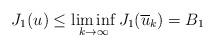
LaTeX: \begin{align*}J_{1}(u)\leq\liminf_{k\rightarrow\infty}J_{1}(\overline{u}_{k})=B_{1}\end{align*}